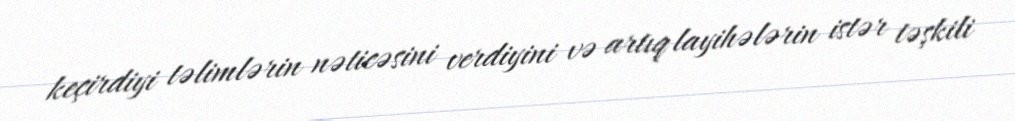
keçirdiyi təlimlərin nəticəsini verdiyini və artıq layihələrin istər təşkili